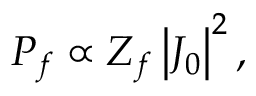
P _ { f } \propto Z _ { f } \left| J _ { 0 } \right| ^ { 2 } ,